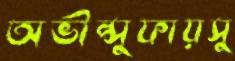
অভীপ্সুফায়সু